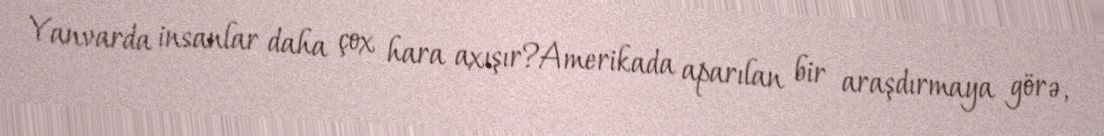
Yanvarda insanlar daha çox hara axışır?Amerikada aparılan bir araşdırmaya görə,